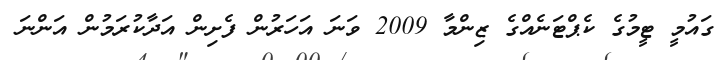
ގައުމީ ޓީމުގެ ކެޕްޓަނެއްގެ ޒިންމާ 2009 ވަނަ އަހަރުން ފެށިން އަދާކުރަމުން އަންނަ